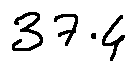
3 7 . 4